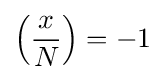
\left({\frac {x}{N}}\right)=-1